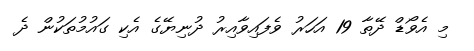
މި އެވޯޑް ދޭތާ 19 އަހަރު ވެފައިވާއިރު ދުނިޔޭގެ އެކި ގައުމުތަކުން ދެ